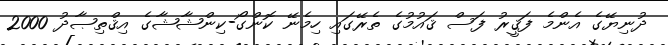
ދުނިޔޭގެ އެންމެ ފަޤީރު ފަސް ޤައުމުގެ ތެރޭގައި ހިމެނޭ ކޮންގޯ-ކިންޝާޝާގެ އިޤްތިޞާދު 2000